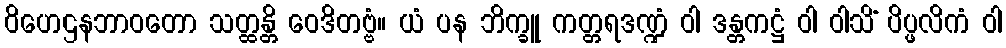
ဝိဟေဌနဘာဝတော သတ္ထန္တိ ဝေဒိတဗ္ဗံ။ ယံ ပန ဘိက္ခူ ကတ္တရဒဏ္ဍံ ဝါ ဒန္တကဋ္ဌံ ဝါ ဝါသိံ ပိပ္ဖလိကံ ဝါ